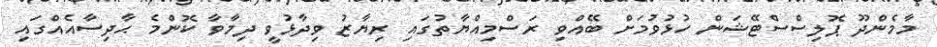
މާމެންދޫ ޕޮލިސްސްޓޭޝަން ހުޅުވުމަށް ބޭއްވި ރަސްމިއްޔާތުގައި ރިޔާޒު ވިދާޅުވީ ދިމާވާ ކޮންމެ ޙާދިސާއެއްގައި